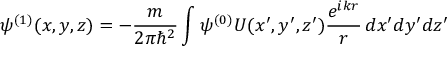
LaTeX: \psi ^ { ( 1 ) } ( x , y , z ) = - { \frac { m } { 2 \pi \hbar ^ { 2 } } } \int \psi ^ { ( 0 ) } U ( x ^ { \prime } , y ^ { \prime } , z ^ { \prime } ) { \frac { e ^ { i k r } } { r } } \, d x ^ { \prime } d y ^ { \prime } d z ^ { \prime }